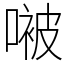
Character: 𫫢